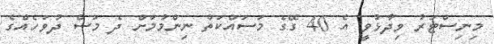
މިނިސްޓަރު ވިދާޅުވީ އެ 40 ގޭގެ މަސައްކަތް ނިންމުމަށް ދެ މަސް ދުވަހެއްގެ